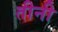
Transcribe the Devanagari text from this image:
तीनी